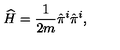
\widehat { H } = \frac { 1 } { 2 m } \hat { \pi } ^ { i } \hat { \pi } ^ { i } ,